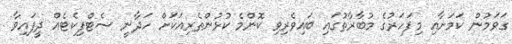
ގަވަމުން ކަމަށާއި މިފަހަރުގެ މުބާރާތުގައި ބައިވެރިވި ކޮންމެ ކުޅުންތެރިއަކަށް ހަދާނީ ސެޓްފިކެޓެއް ދީފައިވާ